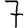
Digit: 7